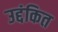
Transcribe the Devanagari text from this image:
उद्दंकित